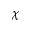
\chi